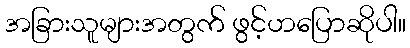
အခြားသူများအတွက် ဖွင့်ဟပြောဆိုပါ။